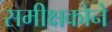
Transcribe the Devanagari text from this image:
समीक्षकोने